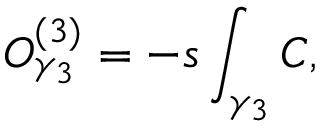
{ \cal O } _ { \gamma _ { 3 } } ^ { ( 3 ) } = - s \int _ { \gamma _ { 3 } } C ,